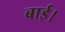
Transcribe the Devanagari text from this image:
बाई।